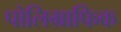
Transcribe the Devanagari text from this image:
पोलिग्राफिक